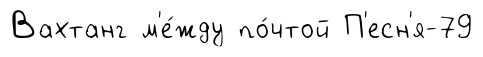
Вахтанг м'е́жду по́чтой П'есн'я-79